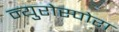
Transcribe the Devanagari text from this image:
न्युरोस्पोरा